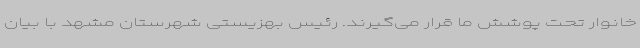
خانوار تحت پوشش ما قرار می‌گیرند. رئیس بهزیستی شهرستان مشهد با بیان